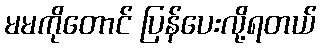
မမကိုတောင် ပြန်ပေးလို့ရတယ်